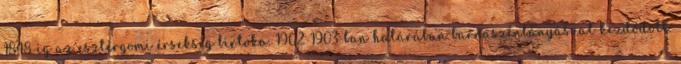
1848-ig az esztergomi érsekség birtoka. 1902-1903-ban határában barnaszénbányászat kezdődött.